Civil Veterinary Dept. North-West Frontier Province 1901-22 - 1901-1922
Year: 1901
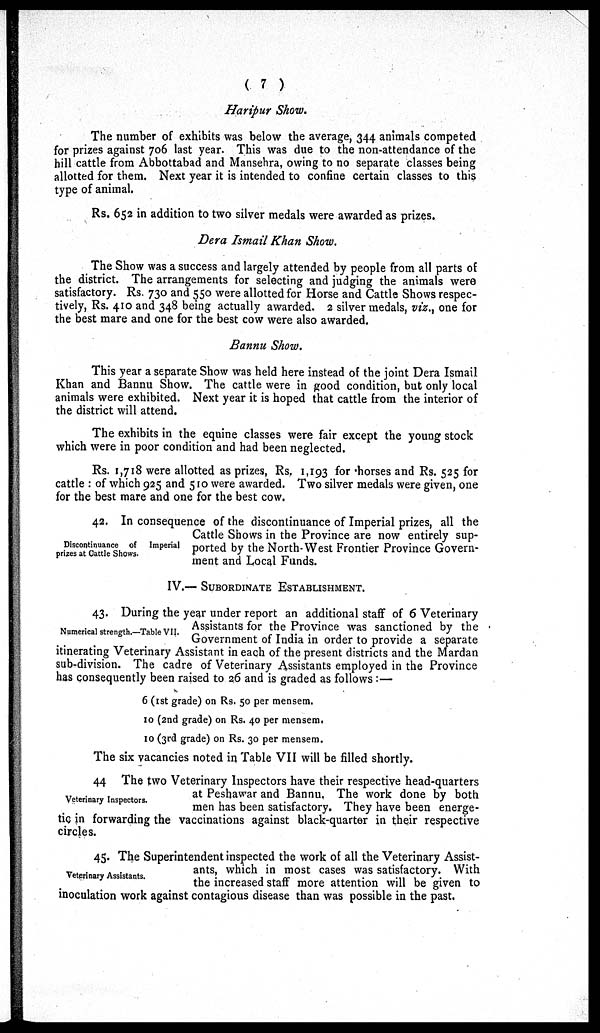
( 7 )
Haripur Show.
The number of exhibits was below the average, 344 animals competed
for prizes against 706 last year. This was due to the non-attendance of the
hill cattle from Abbottabad and Mansehra, owing to no separate classes being
allotted for them. Next year it is intended to confine certain classes to this
type of animal.
Rs. 652 in addition to two silver medals were awarded as prizes.
Dera Ismail Khan Show.
The Show was a success and largely attended by people from all parts of
the district. The arrangements for selecting and judging the animals were
satisfactory. Rs. 730 and 550 were allotted for Horse and Cattle Shows respec-
tively, Rs. 410 and 348 being actually awarded. 2 silver medals, viz., one for
the best mare and one for the best cow were also awarded.
Bannu Show.
This year a separate Show was held here instead of the joint Dera Ismail
Khan and Bannu Show. The cattle were in good condition, but only local
animals were exhibited. Next year it is hoped that cattle from the interior of
the district will attend.
The exhibits in the equine classes were fair except the young stock
which were in poor condition and had been neglected.
Rs. 1,718 were allotted as prizes, Rs. 1,193 for horses and Rs. 525 for
cattle : of which 925 and 510 were awarded. Two silver medals were given, one
for the best mare and one for the best cow.
Discontinuance of
Imperial
prizes at Cattle Shows.
42. In consequence of the discontinuance of Imperial prizes, all the
Cattle Shows in the Province are now entirely sup-
ported by the North-West Frontier Province Govern-
ment and Local Funds.
IV.— SUBORDINATE ESTABLISHMENT.
Numerical strength.—Table VII.
43. During the year under report an additional staff of 6 Veterinary
Assistants for the Province was sanctioned by the
Government of India in order to provide a separate
itinerating Veterinary Assistant in each of the present districts and the Mardan
sub-division. The cadre of Veterinary Assistants employed in the Province
has consequently been raised to 26 and is graded as follows :—
6 (1st grade) on Rs. 50 per mensem.
10 (2nd grade) on Rs. 40 per mensem.
10 (3rd grade) on Rs. 30 per mensem.
The six vacancies noted in Table VII will be filled shortly.
Veterinary Inspectors.
44 The two Veterinary Inspectors have their respective head-quarters
at Peshawar and Bannu. The work done by both
men has been satisfactory. They have been energe-
tic in forwarding the vaccinations against black-quarter in their respective
circles.
Veterinary Assistants.
45. The Superintendent inspected the work of all the Veterinary Assist-
ants, which in most cases was satisfactory. With
the increased staff more attention will be given to
inoculation work against contagious disease than was possible in the past.